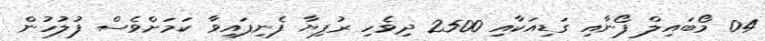
04 މޯބައިލް ފޯނާއި ގަޑިއަކާއި 2500 ދިވެހި ރުފިޔާ ފެނިފައިވާ ކަމަށްވެސް ފުލުހުން